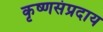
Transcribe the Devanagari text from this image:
कृष्णसंप्रदाय